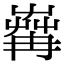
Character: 𦱶